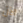
الآن